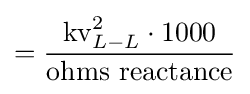
={\frac {{\text{kv}}_{L-L}^{2}\cdot 1000}{\text{ohms reactance}}}